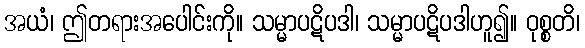
အယံ၊ ဤတရားအပေါင်းကို။ သမ္မာပဋိပဒါ၊ သမ္မာပဋိပဒါဟူ၍။ ဝုစ္စတိ၊